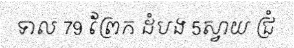
ទាល 79 ព្រែក ដំបង 5ស្វាយ ជ្រំ